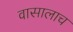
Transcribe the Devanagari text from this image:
वासालाच